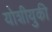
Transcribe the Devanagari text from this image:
योशीयुकी